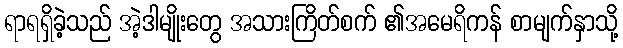
ရာရရှိခဲ့သည် အဲ့ဒါမျိုးတွေ အသားကြိတ်စက် ၏အမေရိကန် စာမျက်နှာသို့